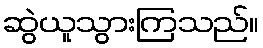
ဆွဲယူသွားကြသည်။